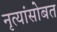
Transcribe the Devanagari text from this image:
नृत्यांसोबत